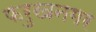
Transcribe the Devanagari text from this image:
फरुखनगर